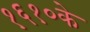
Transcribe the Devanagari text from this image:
१६१०के